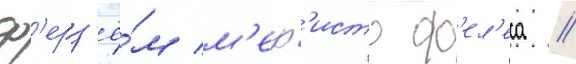
ф'ерз'ё́м м'еф'исто ф'ел'еса //